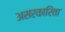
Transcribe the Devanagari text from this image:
असरकारिता